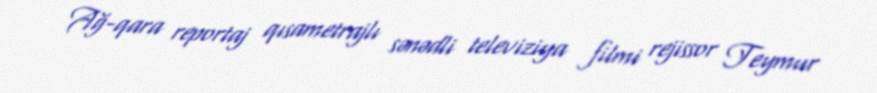
Ağ-qara reportaj qısametrajlı sənədli televiziya filmi rejissor Teymur